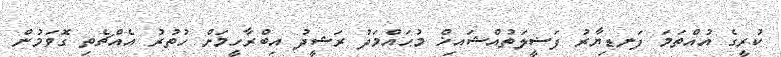
ކުރީގެ އުއްތަމަ ފަނޑިޔާރު ފަޟީލަތުއްޝައިޚް މުޙައްމަދު ރަޝީދު އިބްރާހީމަށް ހުތުރު އެއްޗެތި ގޮވަމުން